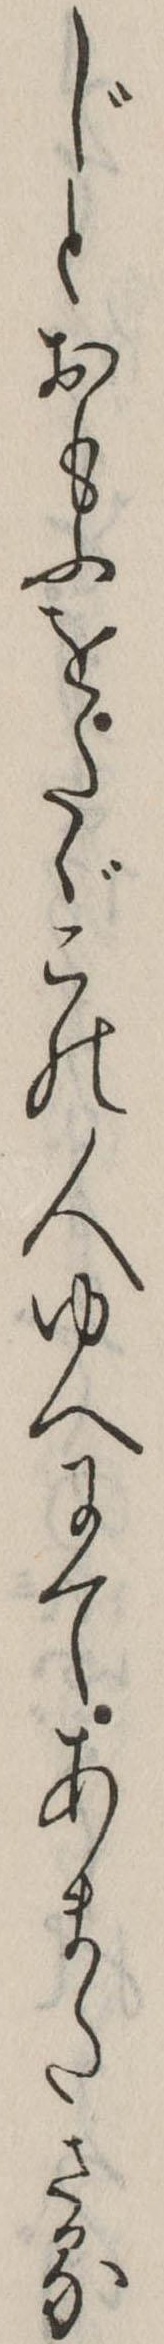
じとおもふをたゞこの人ゆへにてあまたさる